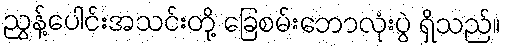
ညွန့်ပေါင်းအသင်းတို့ ခြေစမ်းဘောလုံးပွဲ ရှိသည်။